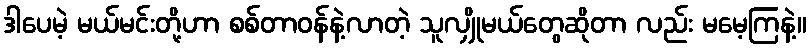
ဒါပေမဲ့ မယ်မင်းတို့ဟာ စစ်တာဝန်နဲ့လာတဲ့ သူလျှိုမယ်တွေဆိုတာ လည်း မမေ့ကြနဲ့။